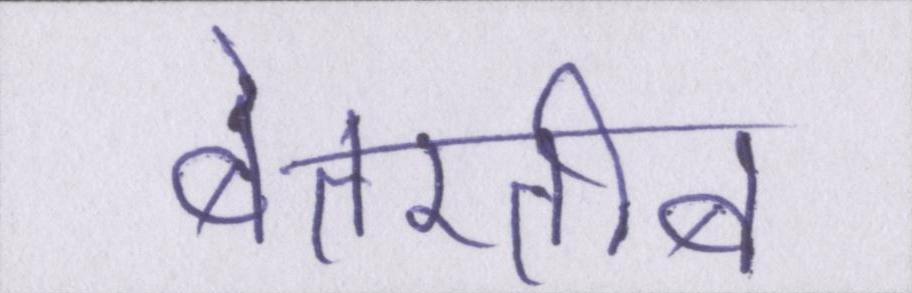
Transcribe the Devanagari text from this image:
बेतरतीब